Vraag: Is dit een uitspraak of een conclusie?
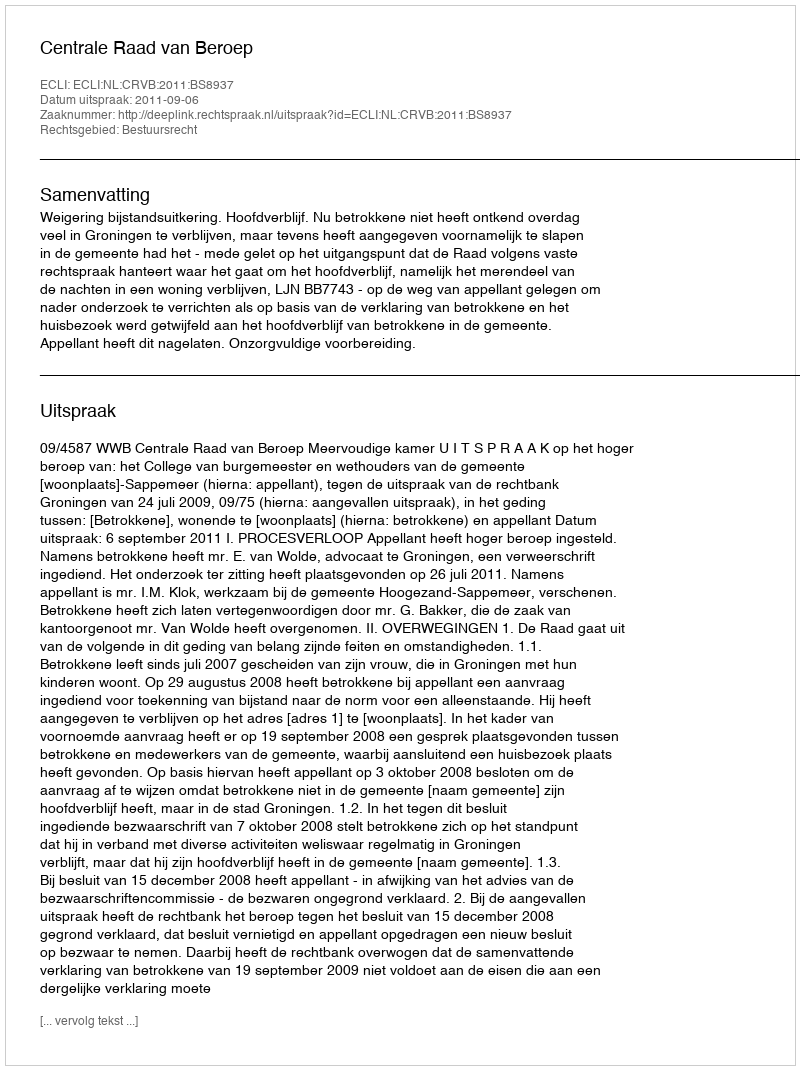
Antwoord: Uitspraak